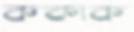
ককাক